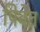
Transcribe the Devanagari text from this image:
पिबेत